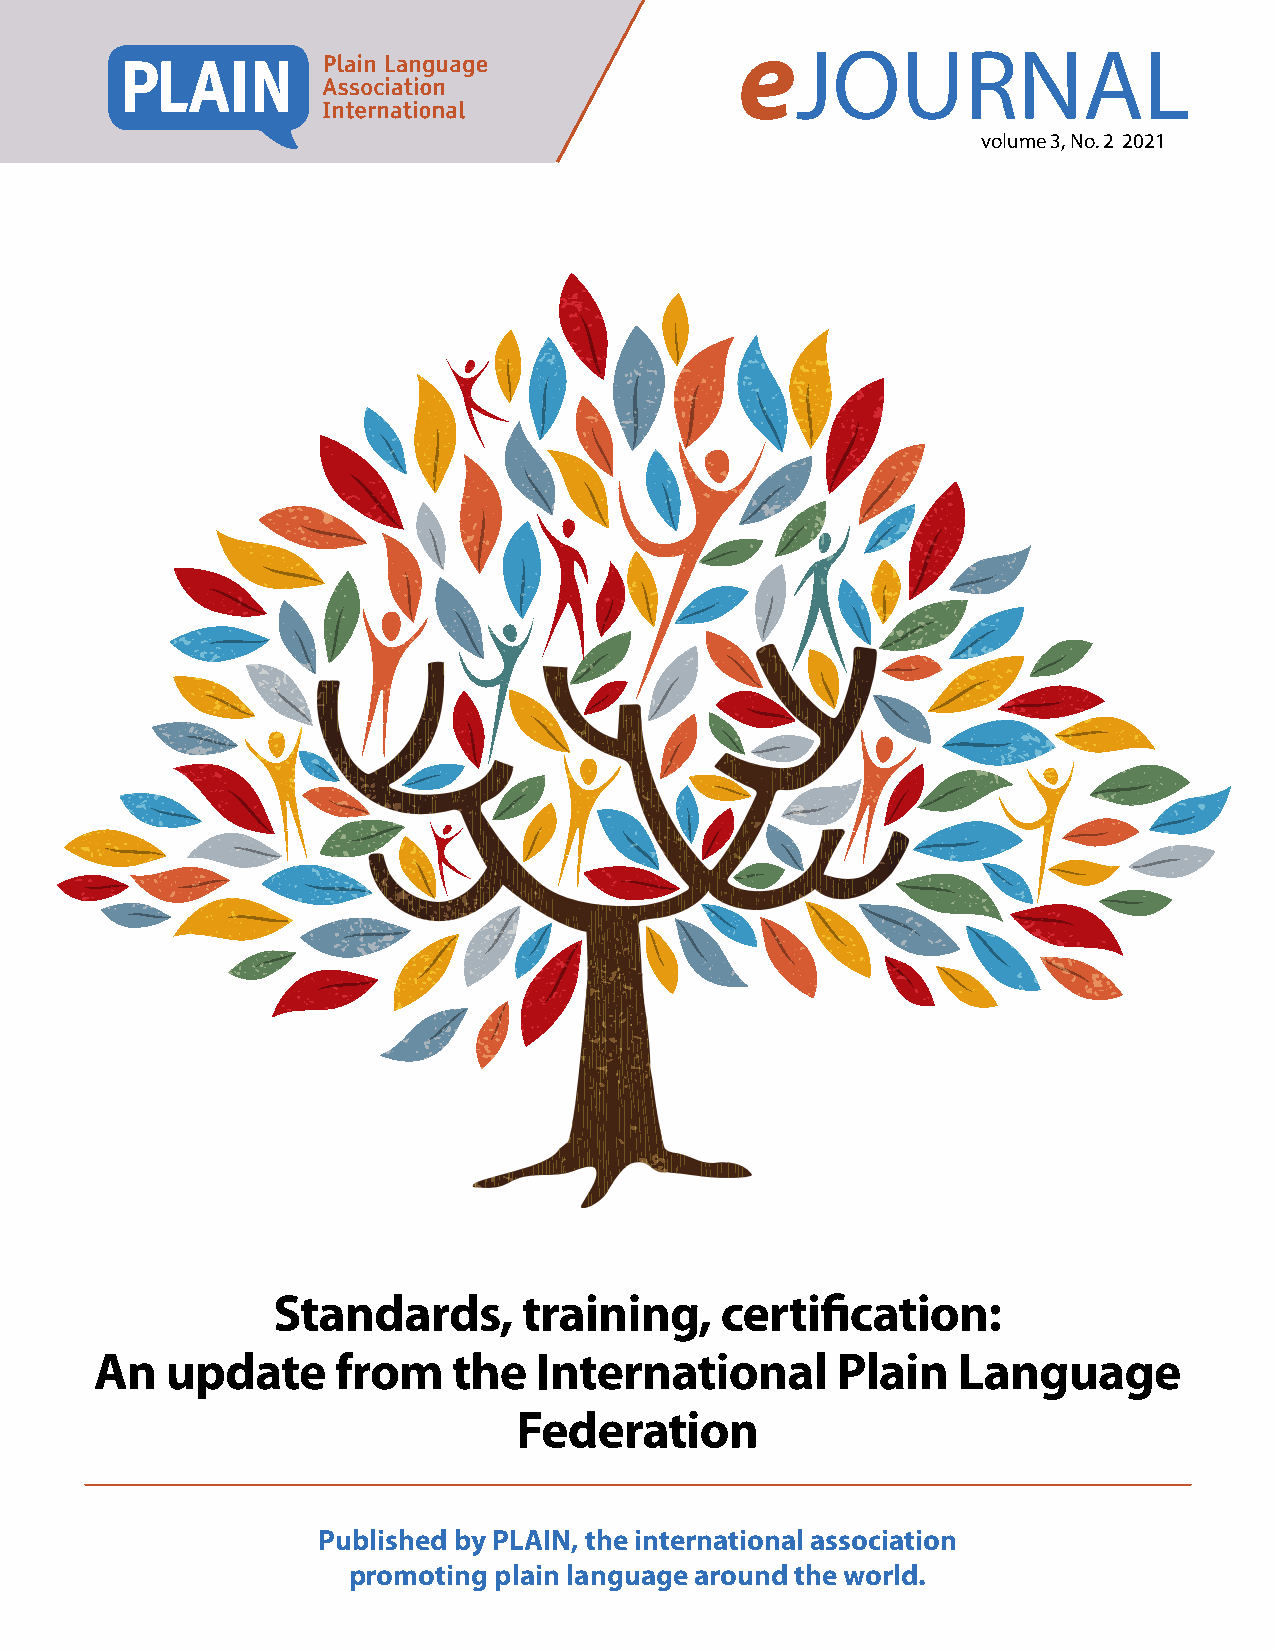
e
 JOURNAL
 volume 3, No. 2 2021
 Standards,       training,    certification:
 An   update     from    the  International       Plain   Language
 Federation
 Published by PLAIN, the international association
 promoting plain language around the world.